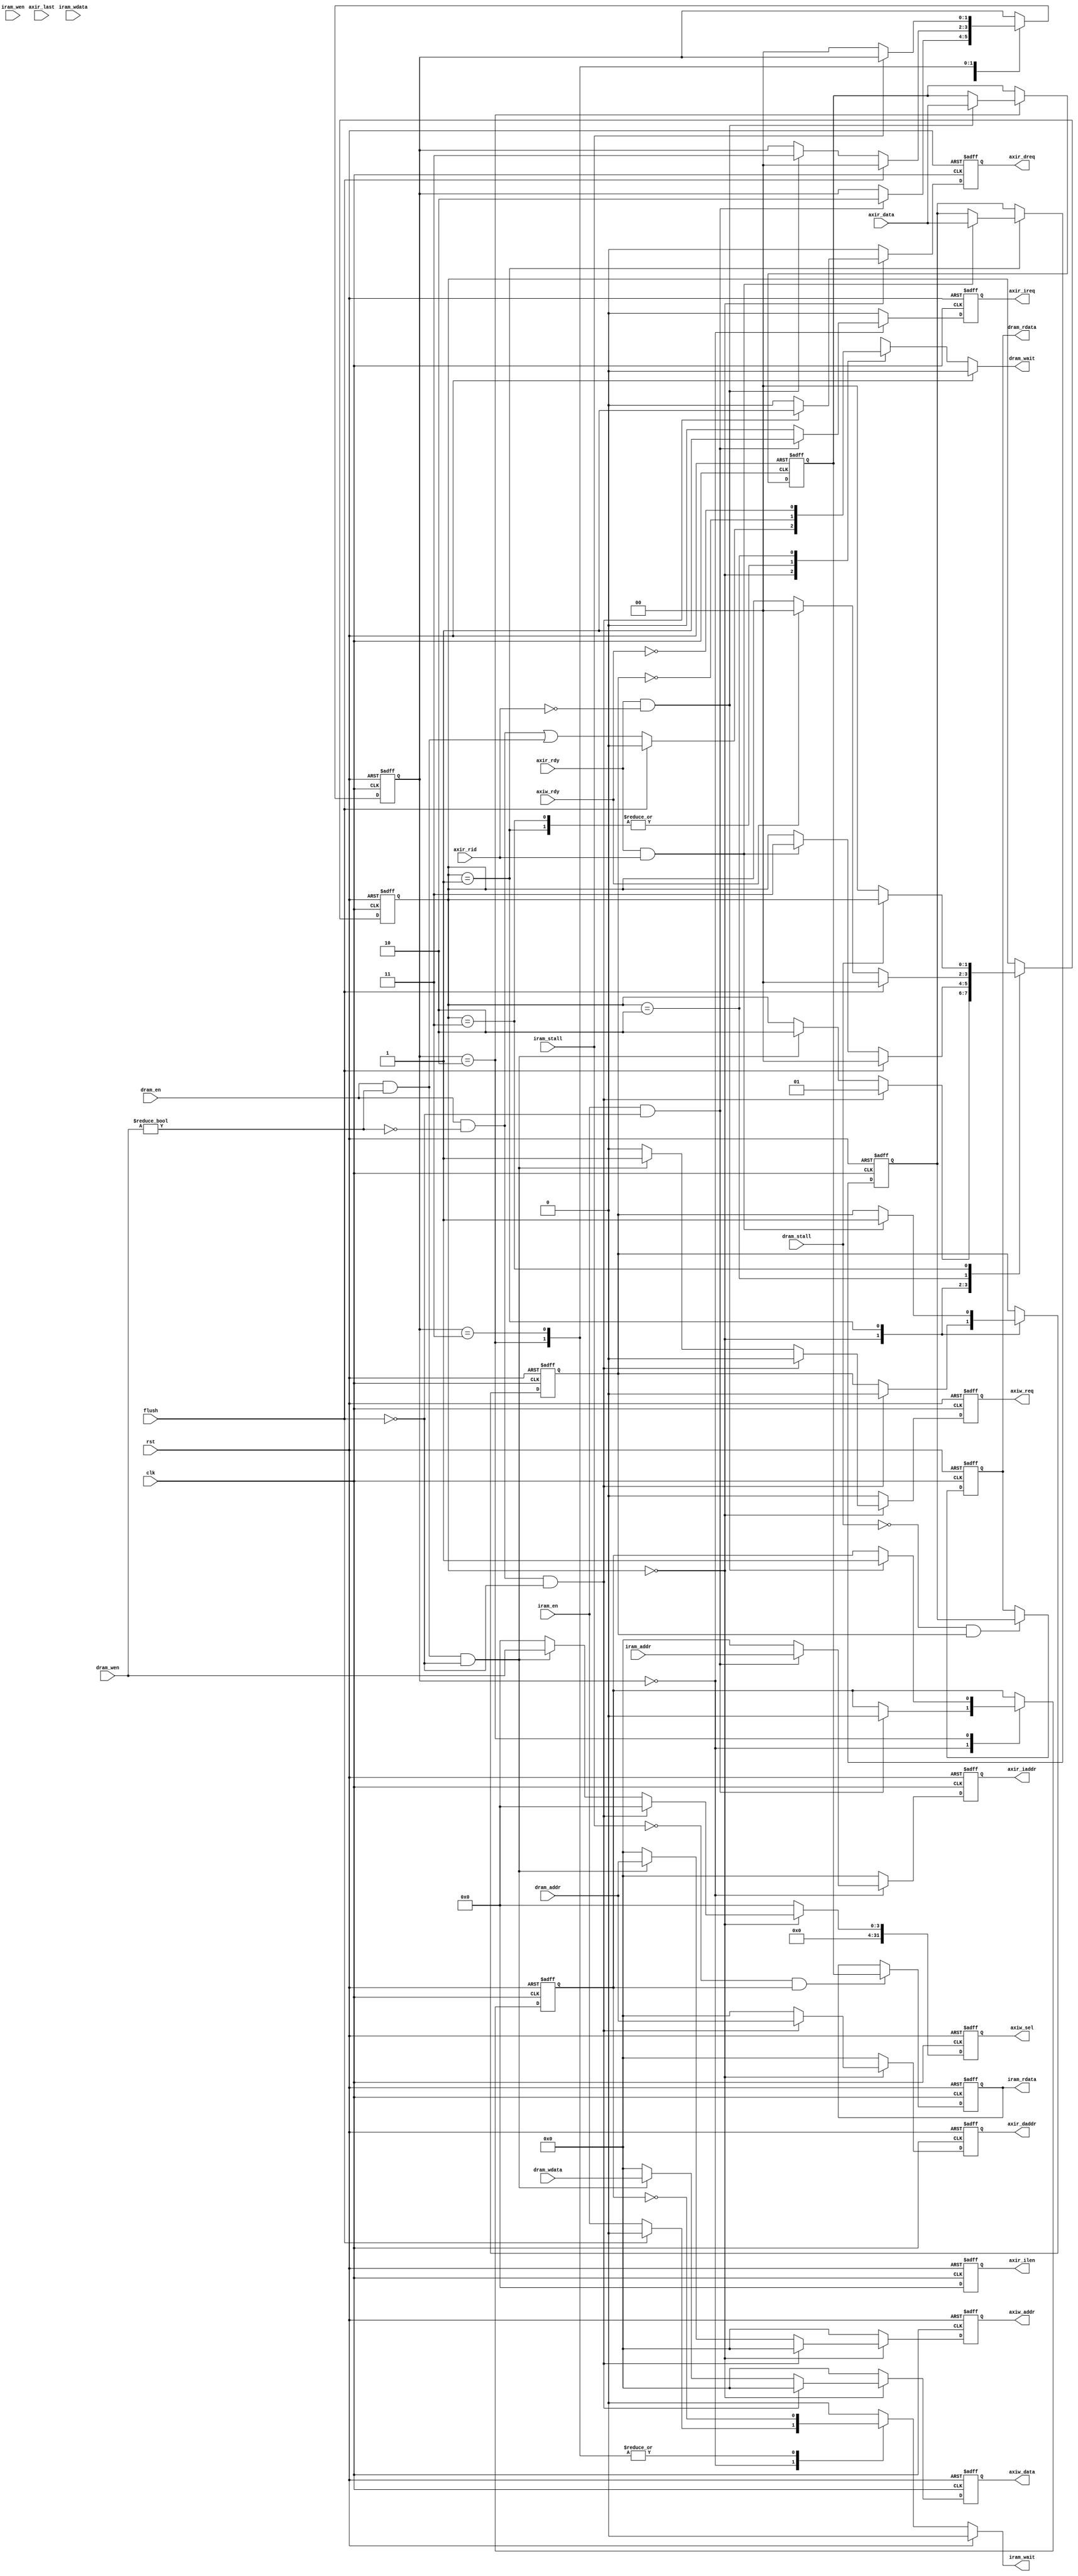
module SRAM_Interface
(
	input  wire        clk, rst,
	input  wire        flush,
	//Inst_ram interface
	output reg  [31:0] iram_rdata,
	output reg         iram_wait,
	input  wire        iram_en,
	input  wire [ 3:0] iram_wen,
	input  wire [31:0] iram_addr,
	input  wire [31:0] iram_wdata,
	input  wire        iram_stall,
	
	//Data_ram interface
	output reg  [31:0] dram_rdata,
	output reg         dram_wait,
	input  wire        dram_en,
	input  wire [ 3:0] dram_wen,
	input  wire [31:0] dram_addr,
	input  wire [31:0] dram_wdata,
	input  wire        dram_stall,
	
	//Intermediate interface
	//output reg         axir_id,  //0:iram 1:dram
	output reg         axir_ireq,
	output reg  [31:0] axir_iaddr,
	output reg  [ 3:0] axir_ilen,
	
	output reg         axir_dreq,
	output reg  [31:0] axir_daddr,
	
	input  wire        axir_rid,
	input  wire        axir_rdy,
	input  wire        axir_last,
	input  wire [31:0] axir_data,

	output reg         axiw_req,
	output reg  [31:0] axiw_addr,
	output reg  [31:0] axiw_data,
	output reg  [31:0] axiw_sel,
	input  wire        axiw_rdy
);
	/*
	reg [31:0] irbuf_addr;
	reg [31:0] irbuf_data;
	wire       irbuf_vld = iram_addr == irbuf_addr;
	
	reg [31:0] drbuf_addr;
	reg [31:0] drbuf_data;
	wire       drbuf_vld = dram_addr == drbuf_addr;
	*/
	wire  inst_req = iram_en;
	wire  dram_wr  = dram_wen != 4'b0000;
	wire rdata_req = dram_en && !dram_wr;
	wire wdata_req = dram_en &&  dram_wr;
	
	wire axir_irdy  = axir_rdy && axir_rid == 1'b0;
	wire axir_drdy = axir_rdy && axir_rid == 1'b1;
	
	reg         inst_rdy,    rdata_rdy;
	reg  [31:0] temp_irdata, temp_drdata;
	
	
	reg [1:0] istate, dstate, axir_state;
	
	parameter I_IDLE = 2'b00;
	parameter I_BUSY = 2'b10;
	parameter I_WAIT = 2'b11;
	
	parameter D_IDLE  = 2'b00;
	parameter D_RBUSY = 2'b01;
	parameter D_WBUSY = 2'b10;
	parameter D_WAIT  = 2'b11;
	
	/*
	parameter R_IDLE  = 2'b00;
	parameter R_IBUSY = 2'b01;
	parameter R_DBUSY = 2'b10;
	
	reg i_axireq, d_axireq;
	
	always @(posedge clk, posedge rst) begin
		if(rst) begin
			axir_state <= R_IDLE;
		end
		else begin
			case(axir_state)
				R_IDLE: begin
					if(i_axireq)
						axir_state <= R_IBUSY;
					else if(d_axireq)
						axir_state <= R_DBUSY;
				end
				R_IBUSY: axir_state <= R_IDLE;
				R_DBUSY: axir_state <= R_IDLE;
			endcase
		end
	end
	*/
	always @(*) begin
		if(rst) begin
			iram_wait <= 1'b0;
			dram_wait <= 1'b0;
		end
		else begin
			iram_wait <= 1'b0;
			dram_wait <= 1'b0;
			
			case (istate)
				I_IDLE: iram_wait  <= flush ? 1'b0 : inst_req;
				I_BUSY,
				I_WAIT: iram_wait  <= !inst_rdy;
			endcase
			
			case (dstate)
				D_IDLE:  dram_wait <= flush ? 1'b0 : rdata_req || wdata_req;
				D_RBUSY,
				D_WAIT:  dram_wait <= !rdata_rdy;
				D_WBUSY: dram_wait <= !axiw_rdy;
			endcase
		end
	end
	
	always @(posedge clk, posedge rst) begin
		if(rst) begin
			//axir_id   <= 1'b0;
			axir_ireq  <= 1'b0;
			axir_iaddr <= 32'b0;
			axir_ilen  <= 4'b0;
			axir_dreq  <= 1'b0;
			axir_daddr <= 32'b0;
			axiw_req   <= 1'b0;
			axiw_addr  <= 32'b0;
			axiw_data  <= 32'b0;
			axiw_sel   <= 32'b0;
			
			istate      <= I_IDLE;
			dstate      <= D_IDLE;
			temp_irdata <= 32'b0;
			temp_drdata <= 32'b0;
			inst_rdy    <= 1'b0;
			rdata_rdy   <= 1'b0;
		end
		else begin
			axir_ireq  <= 1'b0;
			axir_iaddr <= 32'b0;
			axir_ilen  <= 4'b0;
			axir_dreq  <= 1'b0;
			axir_daddr <= 32'b0;
			axiw_req   <= 1'b0;
			axiw_addr  <= 32'b0;
			axiw_data  <= 32'b0;
			axiw_sel   <= 32'b0;
			
			case(istate)
				I_IDLE: begin
					if(inst_req && !flush) begin
						axir_ireq  <= 1'b1;
						axir_iaddr <= iram_addr;
						axir_ilen  <= 4'b0;
						inst_rdy   <= 1'b0;
						istate     <= I_BUSY;
					end
				end
	
				I_BUSY: begin
					if(axir_irdy) begin
						temp_irdata <= axir_data;
						inst_rdy    <= 1'b1;
						istate      <= I_WAIT;
					end
					if(flush) istate <= I_IDLE;
				end
				
				I_WAIT: begin
					if(!iram_stall) istate <= I_IDLE;
				end
			endcase
			
			case(dstate)
				D_IDLE: begin
					if(rdata_req && !flush) begin
						axir_dreq  <= 1'b1;
						axir_daddr <= dram_addr;
						rdata_rdy  <= 1'b0;
						dstate     <= D_RBUSY;
					end
					else if(wdata_req && !flush) begin
						axiw_req  <= 1'b1;
						axiw_addr <= dram_addr;
						axiw_data <= dram_wdata;
						axiw_sel  <= dram_wen;
						dstate    <= D_WBUSY;
					end
				end
				
				D_RBUSY: begin
					if(axir_drdy) begin
						temp_drdata <= axir_data;
						rdata_rdy   <= 1'b1;
						dstate      <= D_WAIT;
					end
					if(flush) dstate <= D_IDLE;
				end
				
				D_WBUSY: begin
					if(axiw_rdy) dstate <= D_IDLE;
					if(flush)    dstate <= D_IDLE;					
				end
				
				D_WAIT: begin
					if(!dram_stall) dstate <= D_IDLE;
				end
			endcase
			
		end
	end
	
	always @(posedge clk, posedge rst) begin
		if(rst) begin
			iram_rdata <= 32'b0;
			dram_rdata <= 32'b0;
		end
		else begin
			if(!iram_stall && inst_rdy)  iram_rdata <= temp_irdata;
			if(!dram_stall && rdata_rdy) dram_rdata <= temp_drdata;
		end
	end
	
endmodule